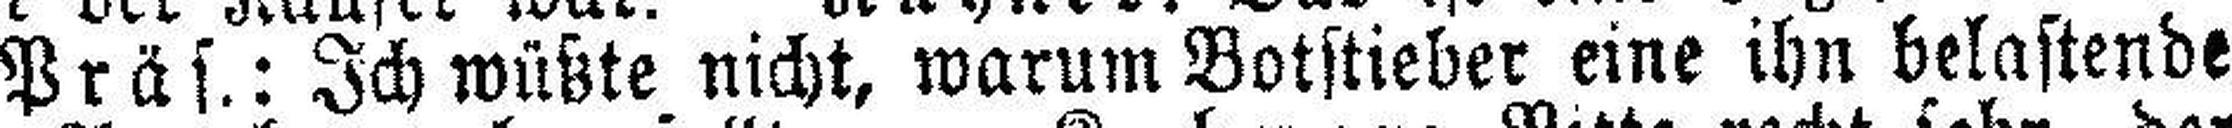
Präs.: Ich wüßte nicht, warum Botstieber eine ihn belastende